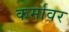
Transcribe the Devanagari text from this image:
कर्मावर